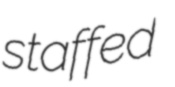
staffed